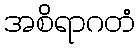
အစိရာဂတံ